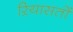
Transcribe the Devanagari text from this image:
ऱियासतों